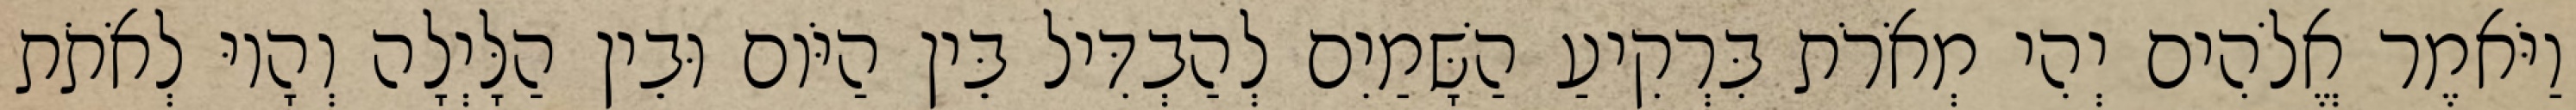
וַיֹּאמֶר אֱלֹהִים יְהִי מְאֹרֹת בִּרְקִיעַ הַשָּׁמַיִם לְהַבְדִּיל בֵּין הַיֹּום וּבֵין הַלָּיְלָה וְהָיוּ לְאֹתֹת